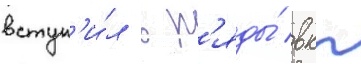
вступ'и́л в р'яды́ вкп